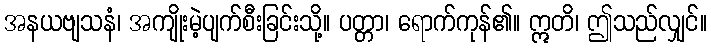
အနယဗျသနံ၊ အကျိုးမဲ့ပျက်စီးခြင်းသို့။ ပတ္တာ၊ ရောက်ကုန်၏။ ဣတိ၊ ဤသည်လျှင်။